Report on the working of the Ranchi Indian Mental Hospital, Kanke, in Bihar and Orissa - 1930-1940
Year: 1930
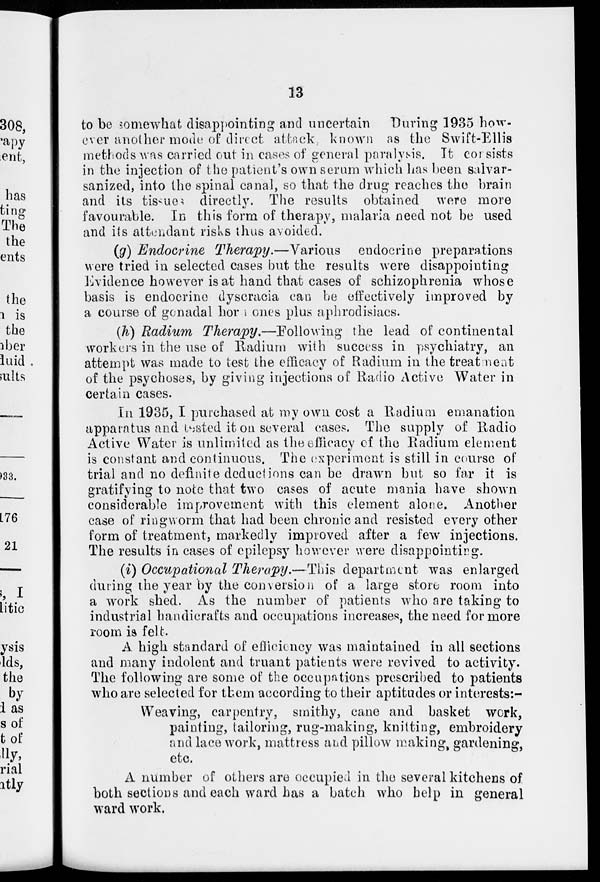
13
to be somewhat disappointing and uncertain
During 1935 how-
ever another mode of direct attack, known as the Swift-Ellis
methods was carried out in cases of general paralysis. It consists
in the injection of the patient's own serum which has been salvar-
sanized, into the spinal canal, so that the drug reaches the brain
and its tissues directly. The results obtained were more
favourable. In this form of therapy, malaria need not be used
and its attendant risks thus avoided.
(g) Endocrine Therapy.—Various
endocrine preparations
were tried in selected cases but the results were disappointing
Evidence however is at hand that cases of schizophrenia whose
basis is endocrine dyscracia can be effectively improved by
a course of gonadal hor ones plus aphrodisiacs.
(h) Radium Therapy.—Following
the lead of continental
workers in the use of Radium with success in psychiatry, an
attempt was made to test the efficacy of Radium in the treatment
of the psychoses, by giving injections of Radio Active Water in
certain cases.
In 1935, I purchased at my own cost a Radium emanation
apparatus and tested it on several cases. The supply of Radio
Active Water is unlimited as the efficacy of the Radium element
is constant and continuous. The experiment is still in course of
trial and no definite deductions can be drawn but so far it is
gratifying to note that two cases of acute mania have shown
considerable improvement with this element alone. Another
case of ringworm that had been chronic and resisted every other
form of treatment, markedly improved after a few injections.
The results in cases of epilepsy however were disappointing.
(i) Occupational Therapy.—This department was enlarged
during the year by the conversion of a large store room into
a work shed. As the number of patients who are taking to
industrial handicrafts and occupations increases, the need for more
room is felt.
A high standard of efficiency was maintained in all sections
and many indolent and truant patients were revived to activity.
The following are some of the occupations prescribed to patients
who are selected for them according to their aptitudes or interests:-
Weaving, carpentry, smithy, cane and basket work,
painting, tailoring, rug-making, knitting, embroidery
and lace work, mattress and pillow makings gardening,
etc.
A number of others are occupied in the several kitchens of
both sections and each ward has a batch who help in general
ward work.